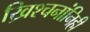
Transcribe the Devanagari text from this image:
ख्रिश्चनांनिही